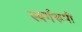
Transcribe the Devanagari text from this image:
स्वर्गरूपी